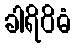
ခါရိဝိဓံ